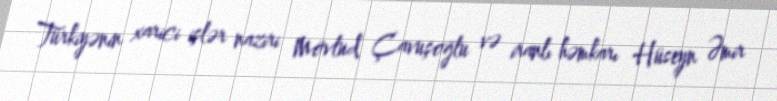
Türkiyənin xarici işlər naziri Mövlud Çavuşoğlu və iranlı həmkarı Hüseyn Əmir